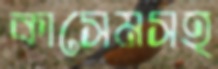
কাসেমসহ